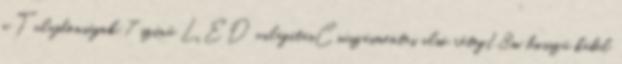
g Tulajdonságok:7 színű LED világításCsúszásmentes alsó réteg1.8m hosszű kábel